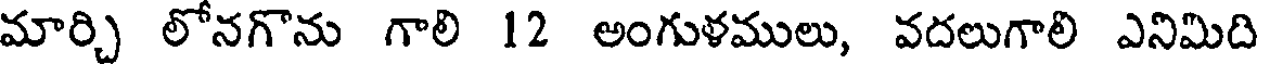
మార్చి లోనగొను గాలి 12 అంగుళములు, వదలుగాలి ఎనిమిది